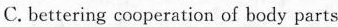
C. bettering cooperation of body parts